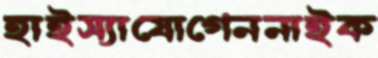
হাইস্যাযোগেননাইক